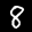
Label: 8